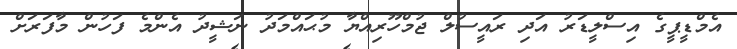
އެމްޑީޕީގެ އިސްލީޑަރު އަދި ރައީސުލް ޖުމްހޫރިއްޔާ މުޙައްމަދު ނަޝީދު އެންމެ ފަހުން މާފަރަށް